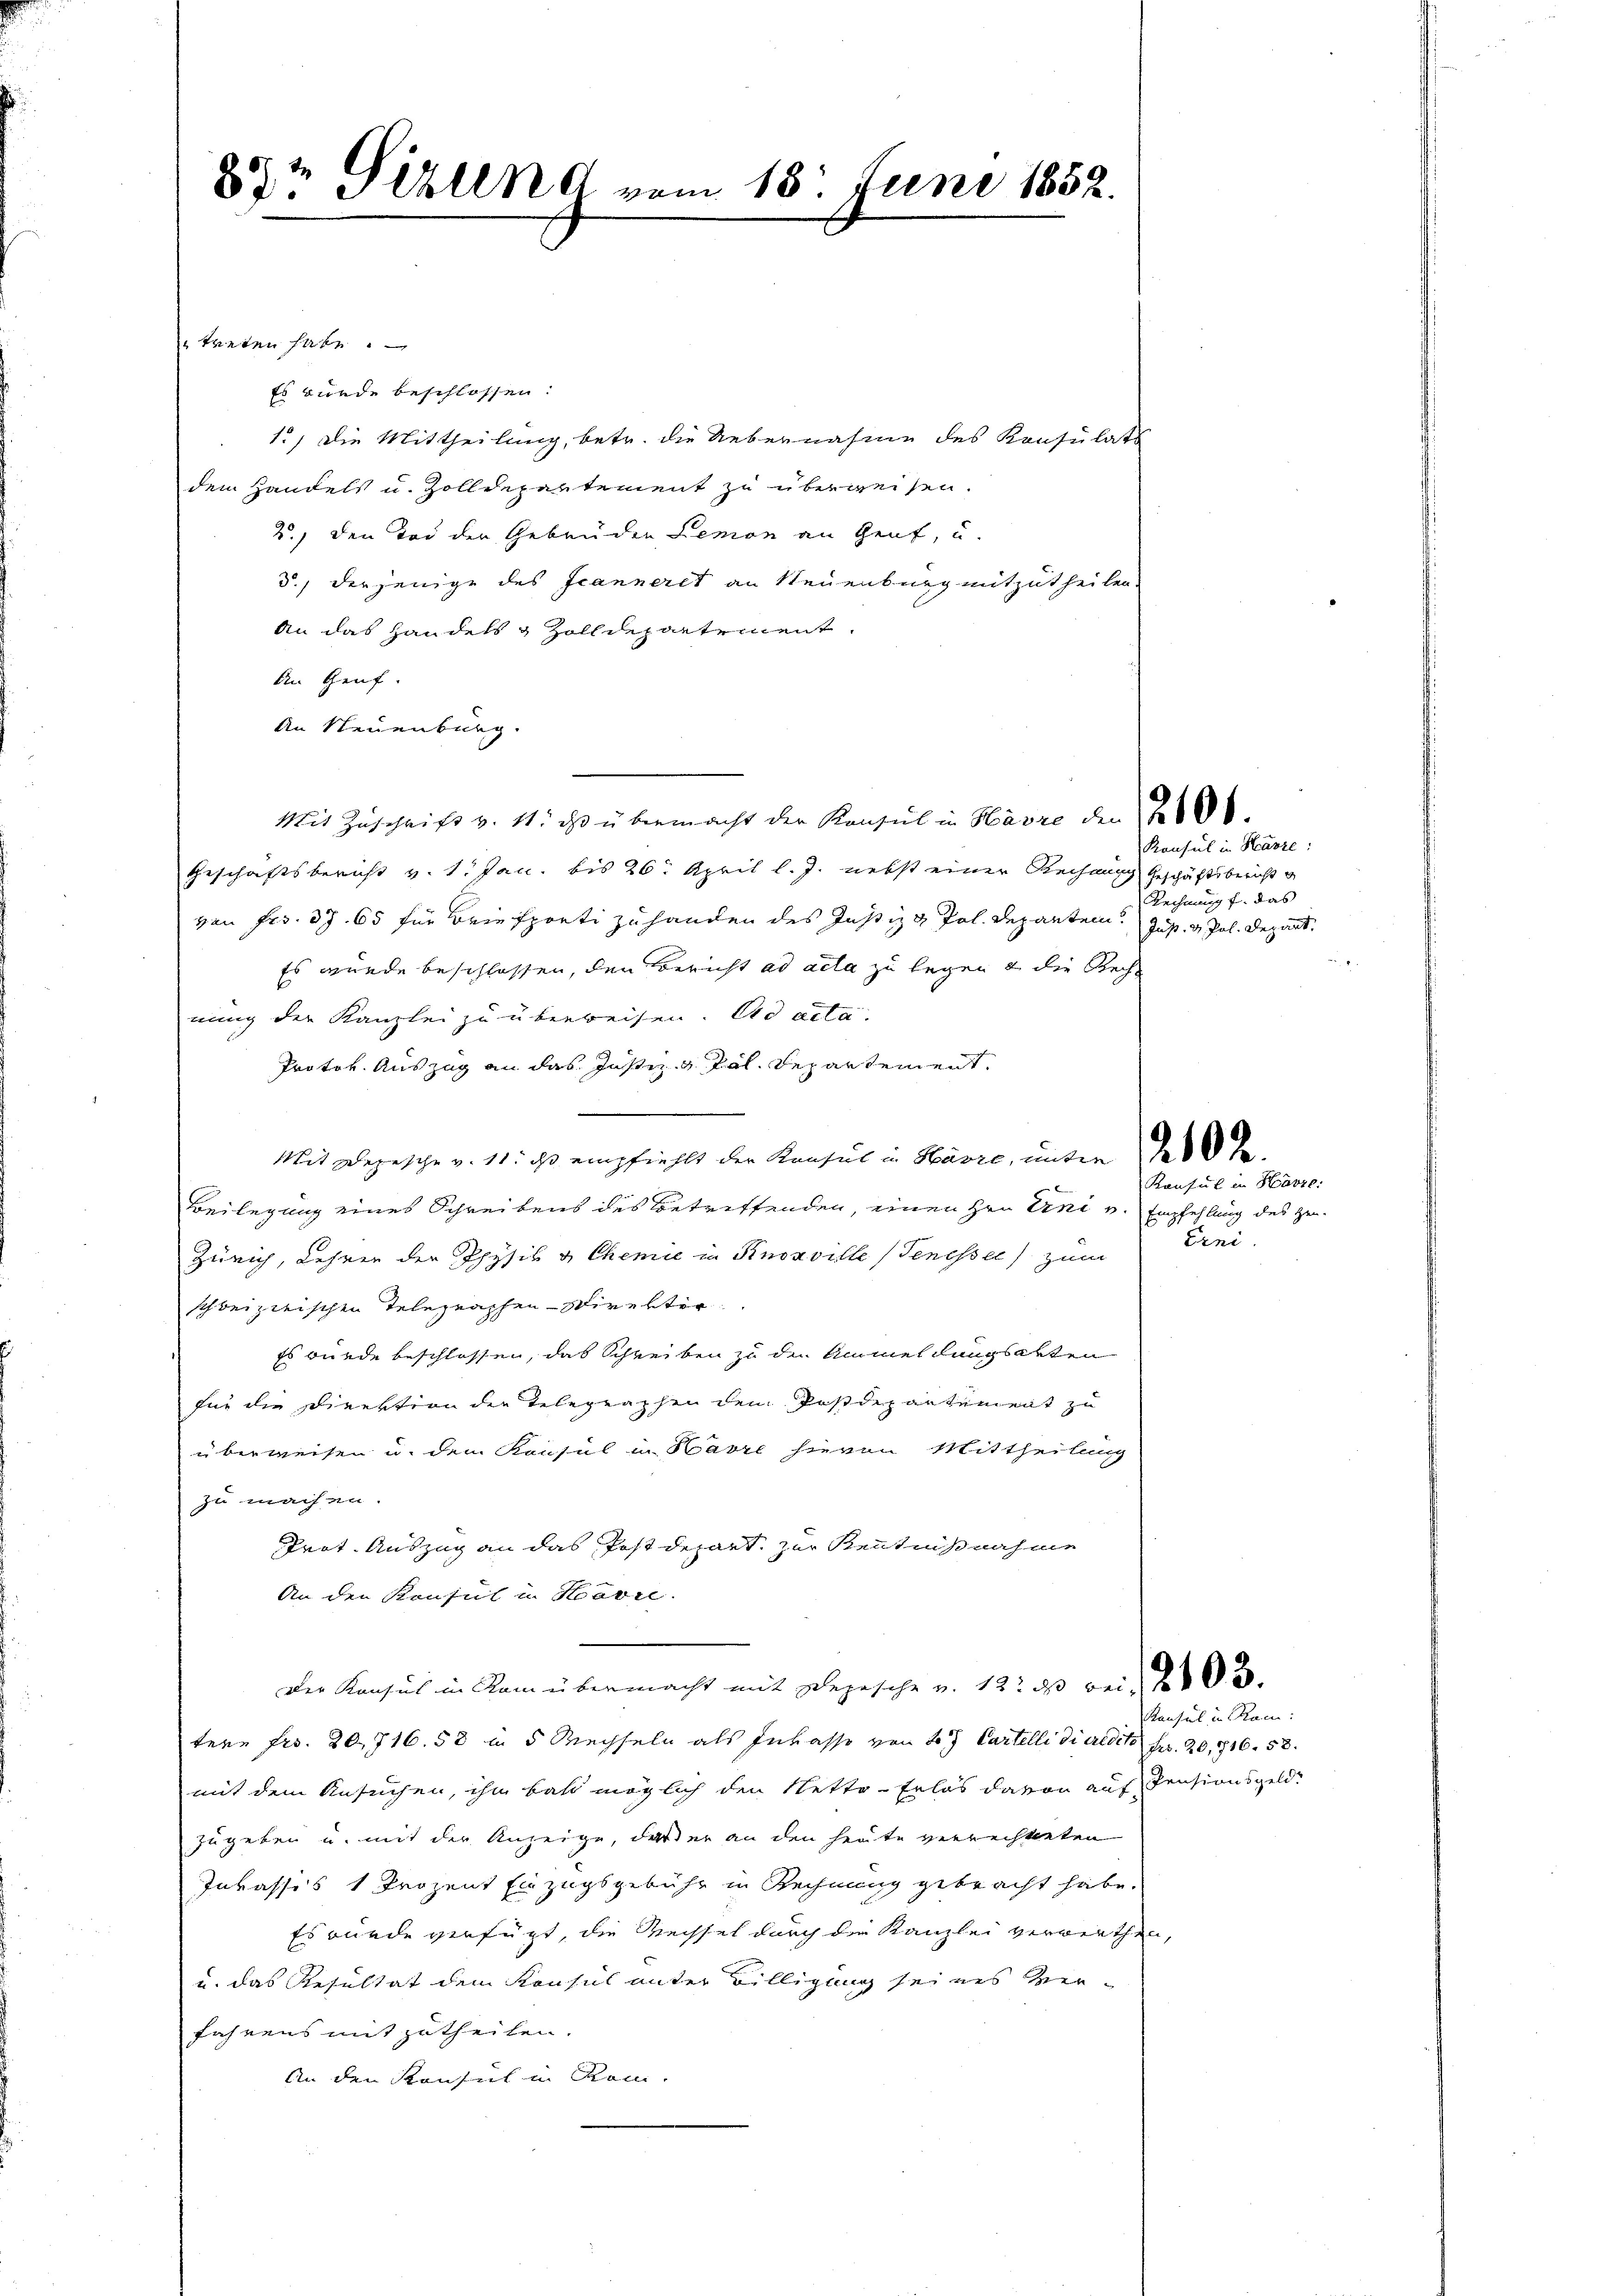
8te Sihlen vom 18. Juni 1852.

treten habe.
Es wurde beschlossen:
1., die Mittheilung, betr. die Uebernahme des Konsulats
dem Handels u. Zolldepartement zu überweisen.
2.) Den Tod der Gebrüden Lemon an Genf, u.
3., derjenige des Jeanneret an Neuenburg mitzutheilen.
An das Handels & Zolldepartement
An Genf.
An Neuenburg.
Mit Zuschrift v. 11. ds übermacht der Konsul in Havre den 260 l.
Geschäftsbericht v. 1. Jan. bis 26. April l. J. nebst einer Rechnung Geschäftsbericht g
von Frs. 37. 65 für Briefporti zu handen des Justiz & Pol. Departen. Just. v. Pal. Depart.
Es wurde beschlossen, den Bericht ad acta zu legen & die Recht
nung der Kanzlei zu überweisen. Ad acta.
Protok. Auszug an das Justiz & Pal. Departement.
Mit Depesche v. 11. ds empfiehlt der Konsul in Havre, unter des de
Beilegung eines Schreibens des Betreffenden, einen Hrn Erni v. Empfehlung des Zen¬
Zürich, Lehrer der Physik & Chemie in Knoxville (Tenesser) zum
schweizerischen Telegraphen- Direktor
Es wurde beschlossen, das Schreiben zu der Anmeldungsakten
für die Direktion der Telegraphen dem Postdepartement zu
überweisen u. dem Konsul in Havre hievon Mittheilung
zu machen.
Prot. Auszug an das Postdepart, zur Kenntnißnahme
An den Konsul in Havre
Der Konsus in Kam übermacht mit Depesche v. 12. ds bei 2103.
tere Fr. 20, 716. 58 in 5 Wechseln als Inkasse von 4 Cartelli di credite Fr. 20,816. 58.
mit dem Ansuchen, ihn bald möglich den Netto-Erlös davon auf Pensionsgeldzugeben u. mit der Anzeige, daß er an den heute verrechteten
Inkassis 1 Prozent Einzugsgebühr in Rechnung gebracht habe.
Es wurde verfügt, die Wechsel durch die Kanzlei verwerthen
u. das Resultat dem Konsul unter Billigung seines verfahrens mitzutheilen.
An den Konsul in Rom.

Konsul in Hausze:
Rechnung f. das

Konsul in Harze:
Erni.

Konsul in Ram: